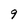
Character: 9